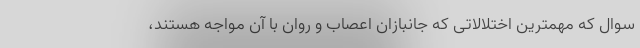
سوال که مهمترین اختلالاتی که جانبازان اعصاب و روان با آن مواجه هستند،